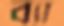
ব্যা